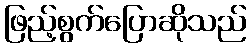
ဖြည့်စွက်ပြောဆိုသည်